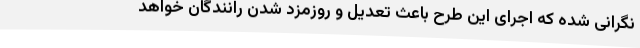
نگرانی شده که اجرای این طرح باعث تعدیل و روزمزد شدن رانندگان خواهد